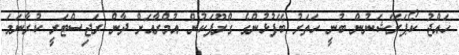
ހައްޖު ކޯޕަރޭޝަނުން ބުނީ ހަތަރު ބޭފުޅުންގެ ގްރޫޕަކުން އުމްރާއަށް ދާން ރަޖިސްޓަރީ ކުރާނަމަ